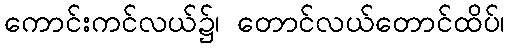
ကောင်းကင်လယ်၌၊ တောင်လယ်တောင်ထိပ်၊